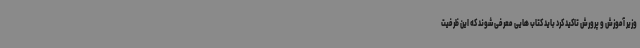
وزیر آموزش و پرورش تاکید کرد باید کتاب هایی معرفی شوند که این ظرفیت